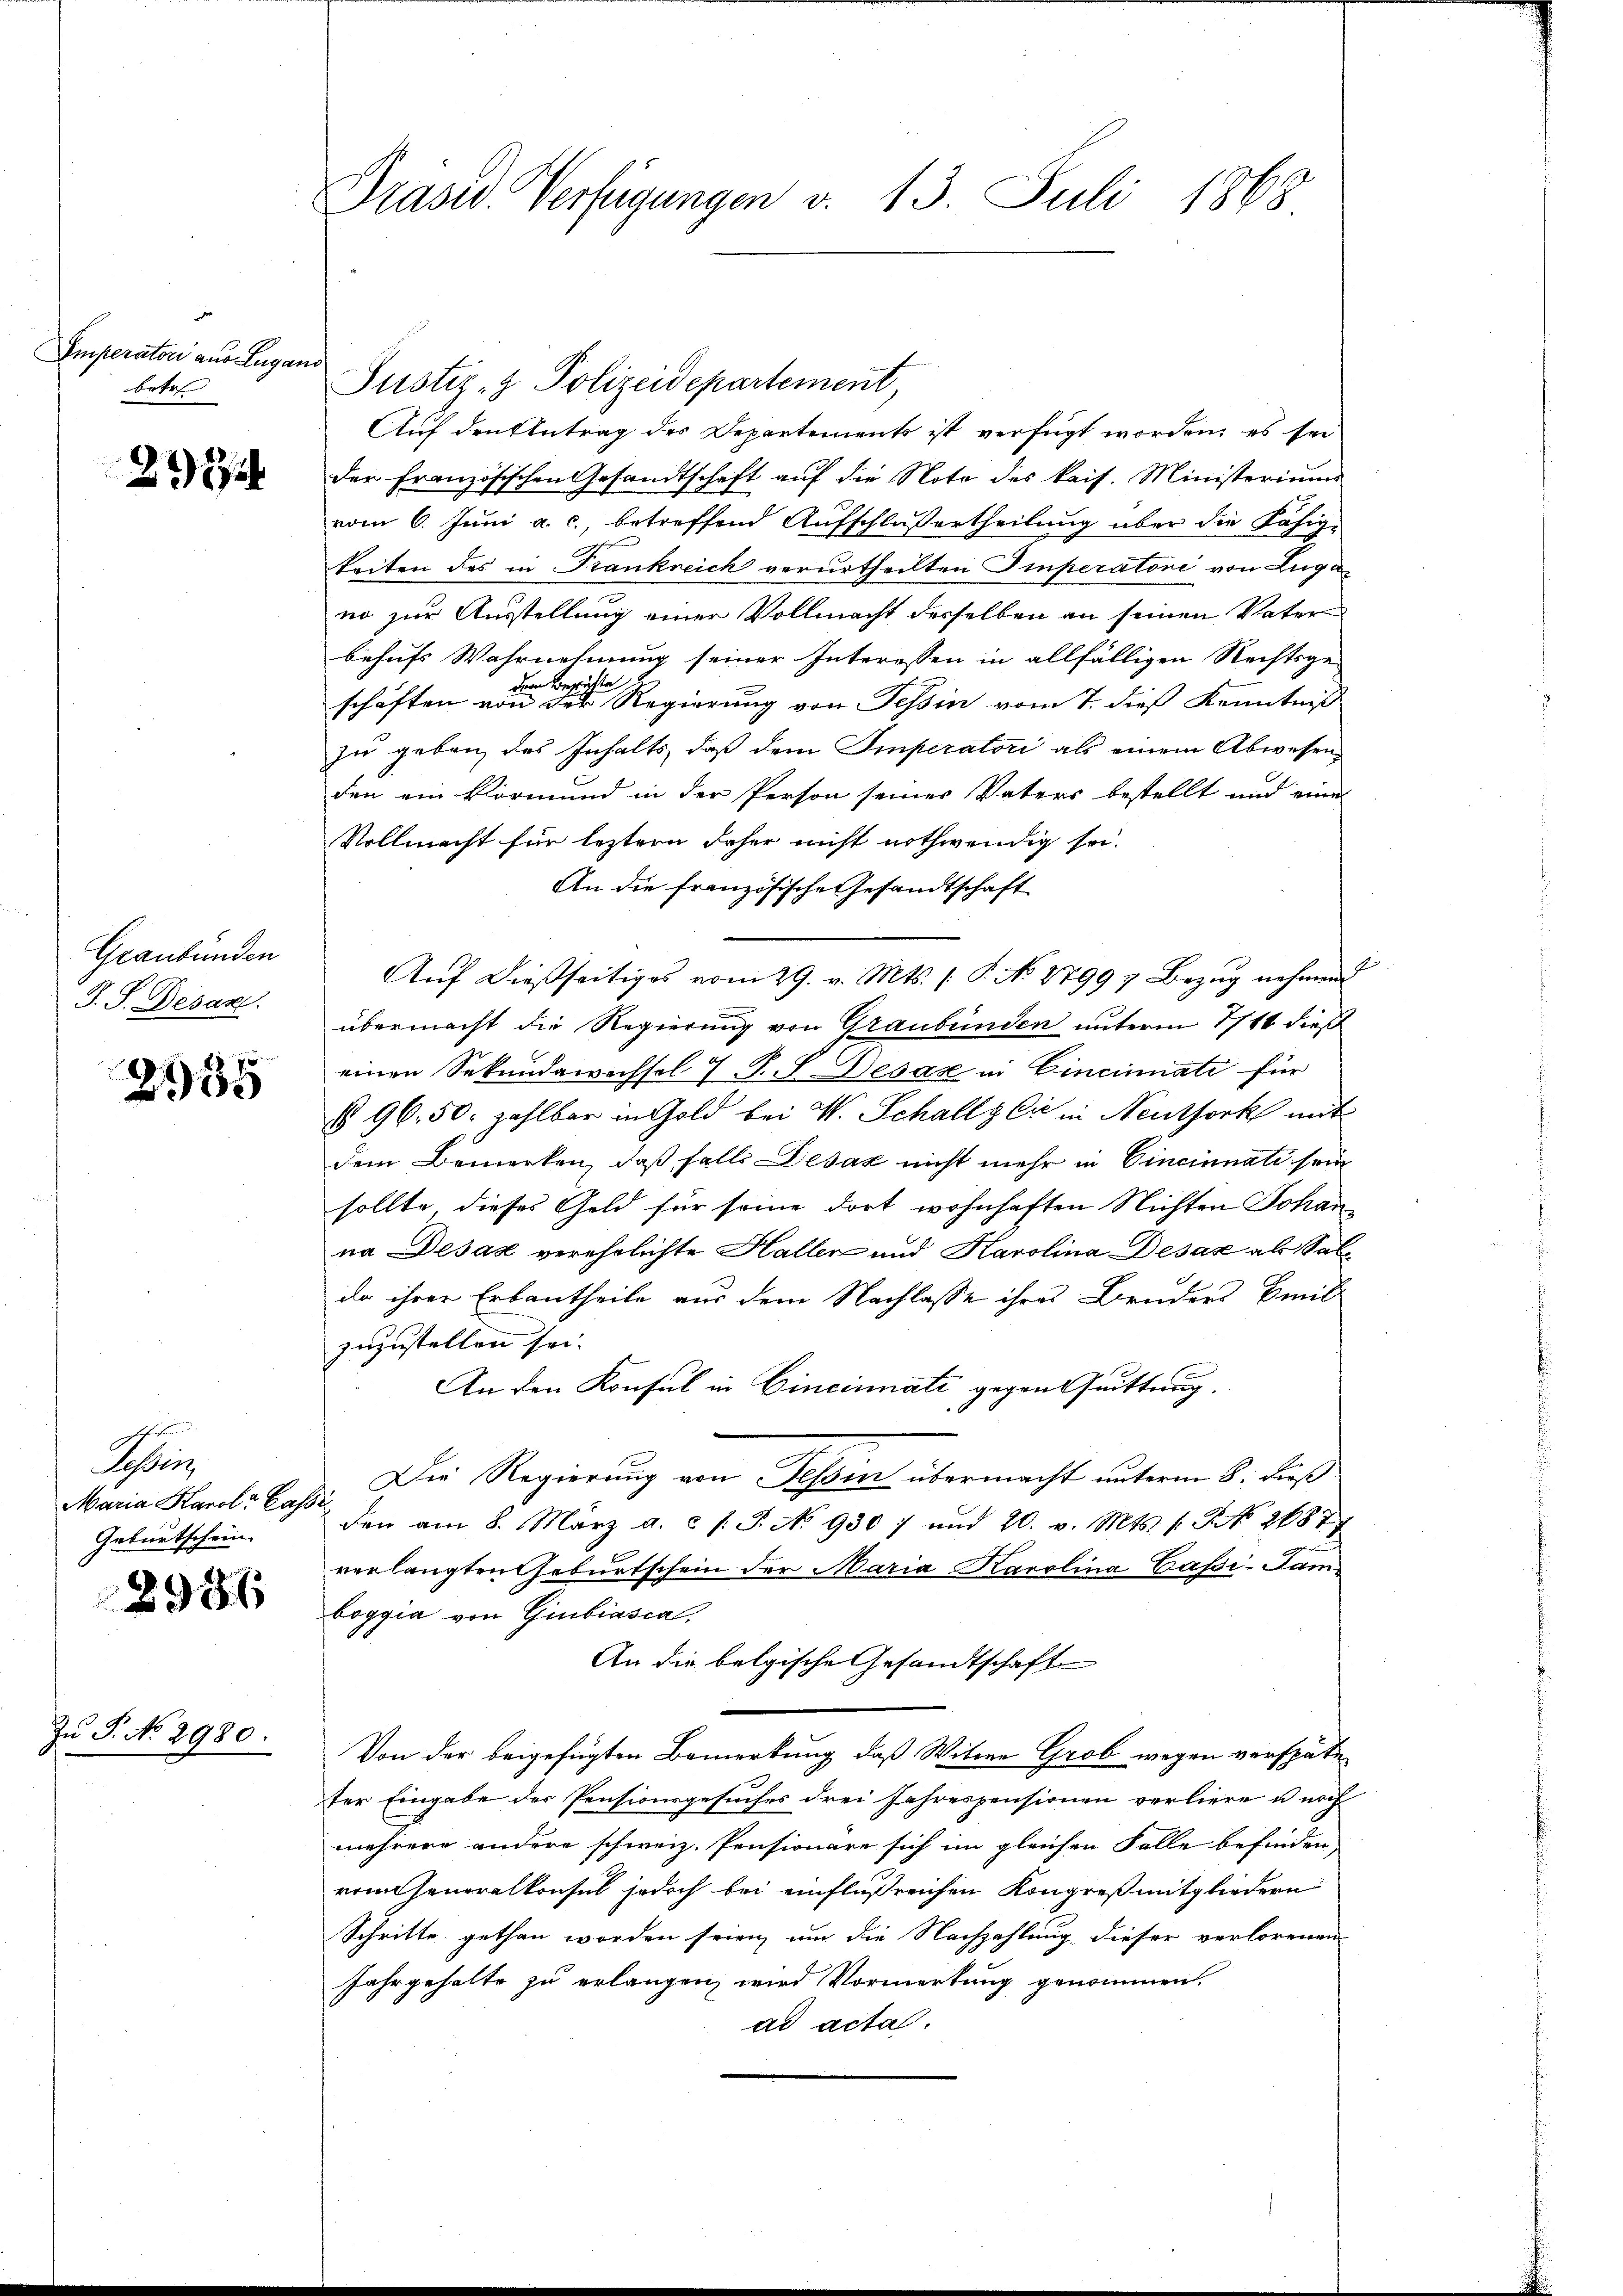
Emperatori aus Lugano
betr

2724

Graubünden
T. S. Desan

2935

Sin
Maria Karole Cassi¬
Geburtschein

2956

Zu P. No 2980.

Präsid. Verfügungen v. 13. Juli 1868

Auf den Antrag des Departements ist verfügt worden; es sei
der Französischen Gesandtschaft auf die Note des kais. Ministeriums
vom 6. Juni a. c., betreffend Aufschlussertheilung über die Fähigkeiten des in Frankreich verurtheilten Imperatori von Luga
no zur Ausstellung einer Vollmacht desselben an seinen Vater
behufs Wahrnehmung seiner Interessen in allfälligen Rechtsge-
Ao 18
dem Bezi
schäften von der Regierung von Tessin vom 7. dieß Kenntniß
zu geben, des Inhalts, daß dem Imperatori als einem Abwesenden ein Vormund in der Person seiner Vaters bestellt und eine
Vollmacht für leztern daher nicht nothwendig sei.
An die französische Gesandtschaft
Auf dießseitiges vom 29. v. Mts. (T. No. 1799 7 Bezug nehmend
übermacht die Regierung von Graubünden unterm 1/16 dieß
einen Sekundawechsel. V. P. J. Desar in Cincinnati für
§ 96. 50. zahlbar in Gold bei M. Schally Cie in Neuthork mit
dem Bemerken, daß falls Desaz nicht mehr in Cincinnati sein
sollte dieses Geld für seine dort wohnhaften Nichten Johanna Desaz verehrlichte Haller und Karolina Desak als Salzda ihrer Erbantheile aus dem Nachlasse ihres Bruders Emil
zuzustellen sei.
An den Konsul in Cincinnate gegen Quittung
Die Regierung von Tessin übermacht unterm 8. dieß
den am 8. März a. c. l. J. No 930 7 und 20. v. Mts. f. No 2687
verlangten Geburtschein der Maria Karolina Cassi-Kamboggia von Giubiasca,
An die belgische Gesandtschaft
Von der beigefügten Bemerkung, daß Witwe Grob wegen verspäte
ter Eingabe der Pensionsgesuches drei Jahrespensionen verliere u noch
mehrere andere schweiz. Pensionäre sich im gleichen Falle befinden,
romseneralkonsul jedoch bei einflußreichen Kongreß mitgliedern
Schritte gethan worden seien, um die Nachzahlung dieser verlorenen
Jahrgehalte zu erlangen, wird Vormerkung genommen.
ad acta

Justiz- & Polizeidepartement,

1